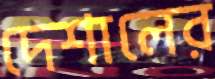
দেশালের